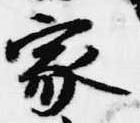
家